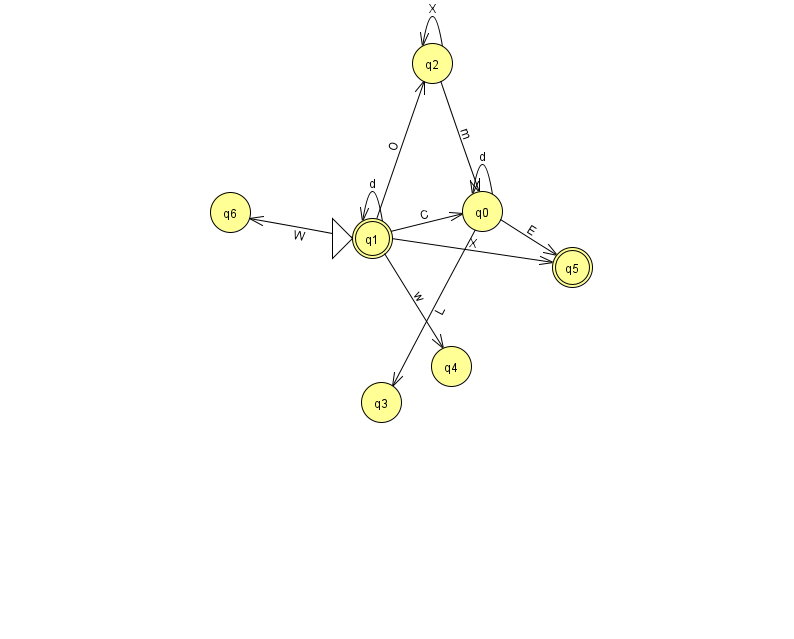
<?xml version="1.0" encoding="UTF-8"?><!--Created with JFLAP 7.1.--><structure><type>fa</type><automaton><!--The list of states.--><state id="0" name="q0"><x>482.0</x><y>198.0</y></state><state id="1" name="q1"><x>372.0</x><y>225.0</y><initial/><final/></state><state id="2" name="q2"><x>432.0</x><y>50.0</y></state><state id="3" name="q3"><x>381.0</x><y>389.0</y></state><state id="4" name="q4"><x>451.0</x><y>353.0</y></state><state id="5" name="q5"><x>572.0</x><y>254.0</y><final/></state><state id="6" name="q6"><x>230.0</x><y>199.0</y></state><!--The list of transitions.--><transition><from>1</from><to>5</to><read>X</read></transition><transition><from>0</from><to>0</to><read>d</read></transition><transition><from>1</from><to>1</to><read>d</read></transition><transition><from>1</from><to>0</to><read>C</read></transition><transition><from>1</from><to>4</to><read>w</read></transition><transition><from>1</from><to>6</to><read>W</read></transition><transition><from>2</from><to>2</to><read>X</read></transition><transition><from>0</from><to>5</to><read>E</read></transition><transition><from>2</from><to>0</to><read>m</read></transition><transition><from>1</from><to>2</to><read>O</read></transition><transition><from>0</from><to>3</to><read>L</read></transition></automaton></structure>